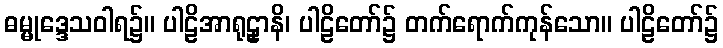
ဓမ္မုဒ္ဒေသဝါရ၌။ ပါဠိအာရုဠှာနိ၊ ပါဠိတော်၌ တက်ရောက်ကုန်သော။ ပါဠိတော်၌